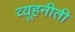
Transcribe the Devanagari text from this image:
व्यूहनीती